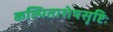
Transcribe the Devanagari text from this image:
कल्पिताशेषसृष्टिः